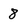
Character: 8